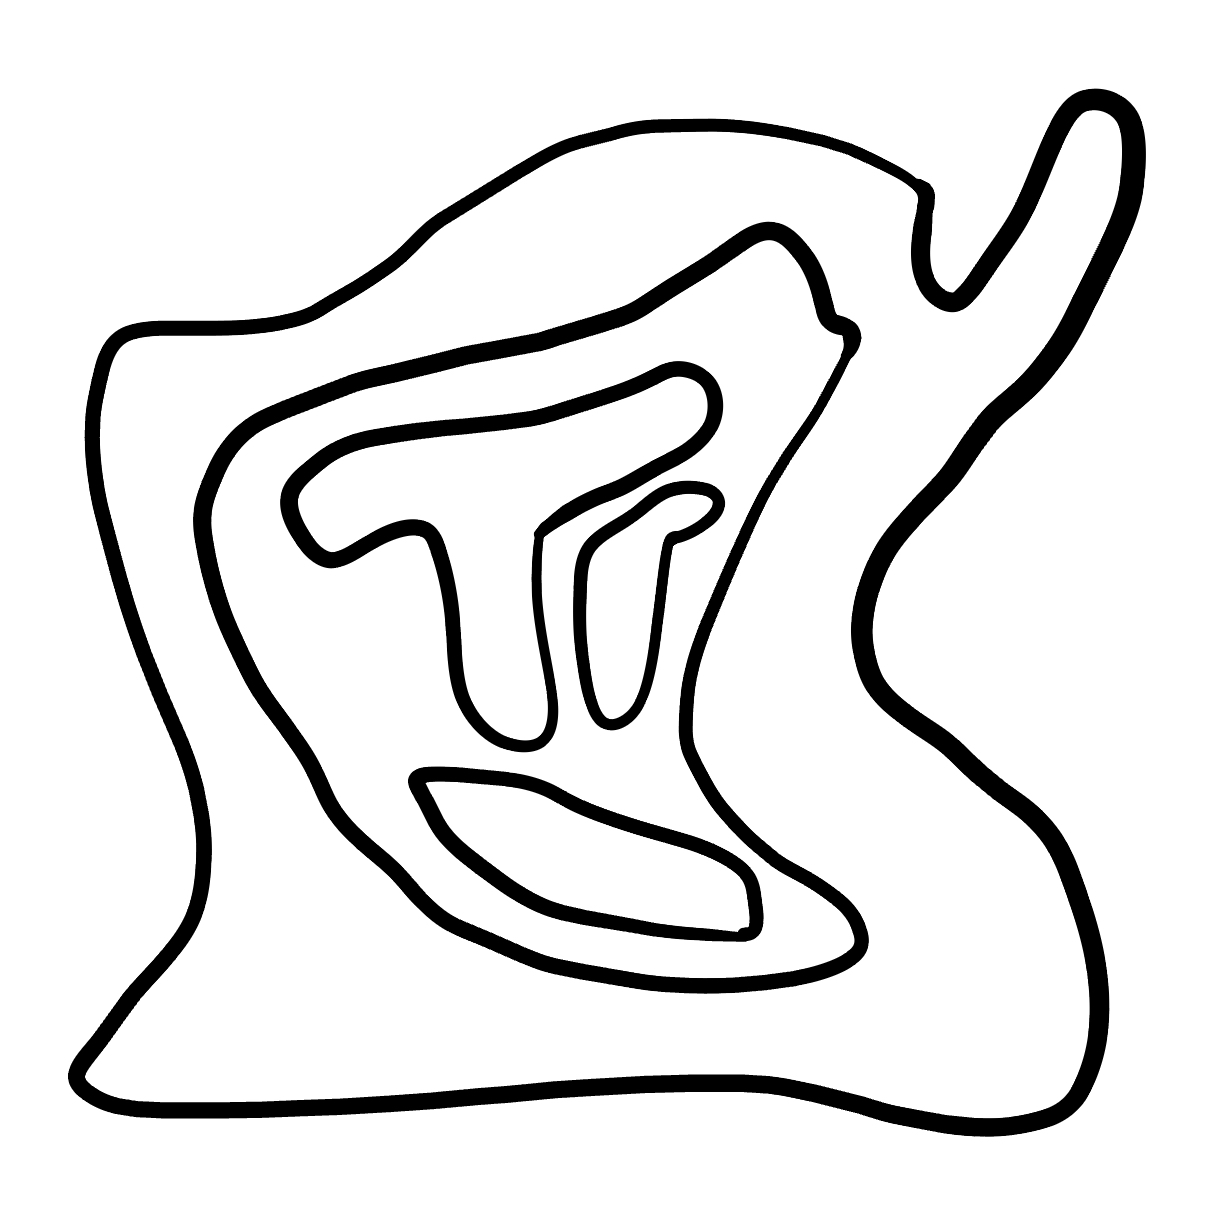
Number of regions (including the outer root region): 6
Containment tree edges (parent, child): 0, 1, 1, 2, 2, 3, 2, 4, 2, 5